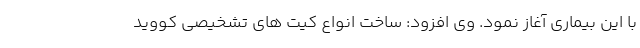
با این بیماری آغاز نمود. وی افزود: ساخت انواع کیت های تشخیصی کووید